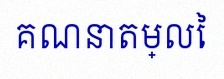
គណនាតម្លៃ